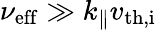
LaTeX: \nu_{\mathrm{eff}}\gg k_{\parallel}v_{\mathrm{th,i}}